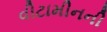
વીટામીનની